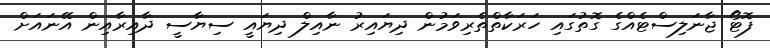
ފޮޓޯ ޖާނަލިސްޓެއްގެ ގޮތުގައި ހަރަކާތްތެރިވަމުން ދިޔައިރު ނާއިލް ދިޔައީ ސިޔާސީ ދާއިރާއިން އޭނައަށް